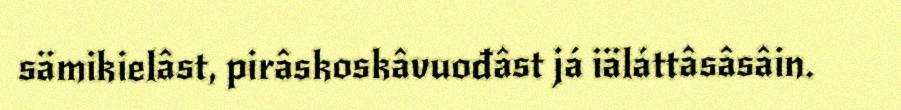
sämikielâst, pirâskoskâvuođâst já iäláttâsâsâin.